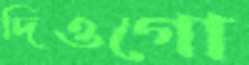
দিওগো